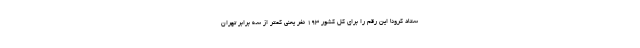
ستاد کرونا این رقم را برای کل کشور ۱۹۳ نفر یعنی کمتر از سه برابر تهران